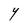
Character: Y